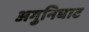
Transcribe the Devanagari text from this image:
अगुनिघाट